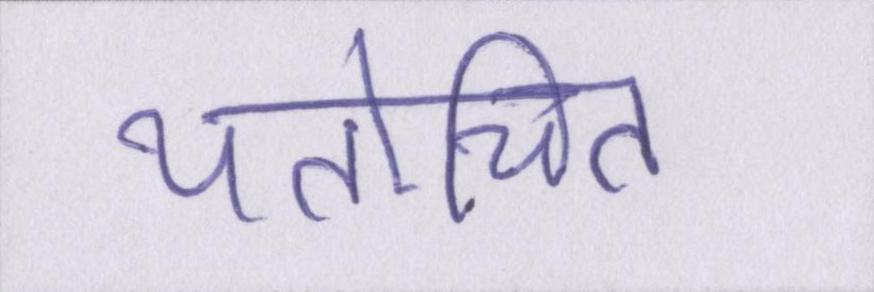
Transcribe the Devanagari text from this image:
यतोचित